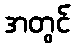
အတွင်